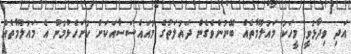
އަދި ވިދާޅުވީ މީހަކު މައުލޫމާތެއް ބޭނުންވެގެން ދައުލަތުގެ މުއައްސަސާއަކަށް ހުށަހެޅުމުން އެ މައުލޫމާތެއް